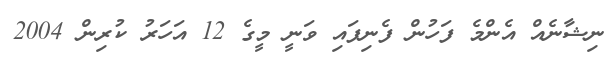
ނިޝާނެއް އެންމެ ފަހުން ފެނިފައި ވަނީ މީގެ 12 އަހަރު ކުރިން 2004